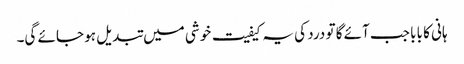
ہانی کا بابا جب آئے گا تو درد کی یہ کیفیت خوشی میں تبدیل ہو جائے گی۔